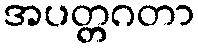
အပတ္တဂတာ